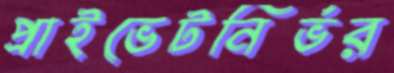
প্রাইভেটনির্ভর